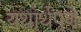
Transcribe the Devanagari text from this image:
यथार्थपणे